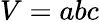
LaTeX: V=abc